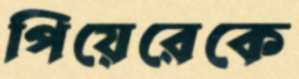
পিয়েরেকে